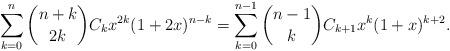
LaTeX: \begin{align*}\sum_{k=0}^{n}\binom{n+k}{2k}C_k x^{2k}(1+2x)^{n-k}=\sum_{k=0}^{n-1}\binom{n-1}{k}C_{k+1}x^k(1+x)^{k+2}.\end{align*}